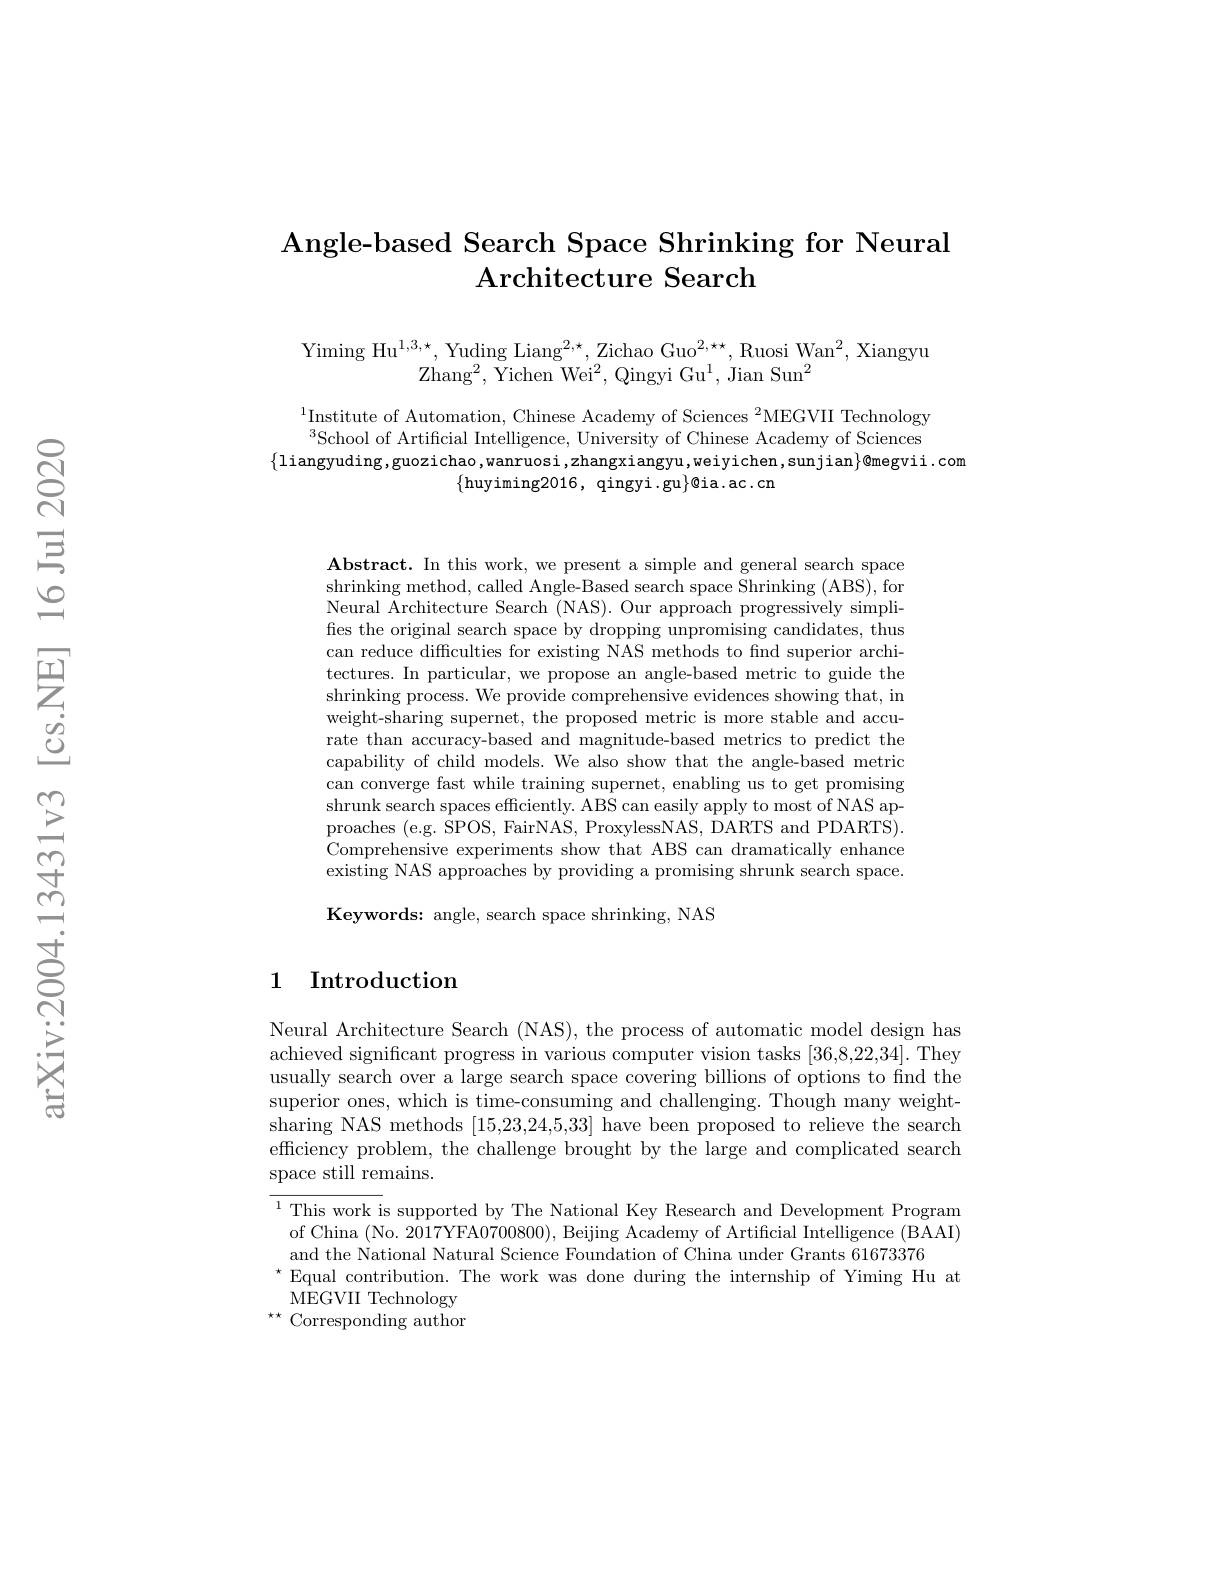
## Angle-based Search Space Shrinking for Neural $\textbf{Architecture Search}$

Yiming Hu$^1,3,\star$, Yuding Liang$^2,\star$,Zichao Guo$^2,\star\star$, Ruosi Wan$^2$, Xiangyu
Zhan$g^{2}$, $\bar{\mathrm{Yichen~Wei}^{2}}$, Qingyi G$u^{1}$, Jian Su$n^{2}$

$^{1}$Institute of Automation, Chinese Academy of Sciences $^2$MEGVII Technology $^{3}$School of Artificial Intelligence, University of Chinese Academy of Sciences
$\{$liangyuding,guozichao,wanruosi,zhangxiangyu,weiyichen,sunjian$\}\emptyset$megvii.com
$\{$huyiming2016, qingyi.gu$\}$@ia.ac.cn

$\mathbf{Abstract.~In~this~work,~we~present~a~simple~and~general~search~space}$ shrinking method, called Angle-Based search space Shrinking (ABS), for Neural Architecture Search (NAS). Our approach progressively simplifies the original search space by dropping unpromising candidates, thus can reduce difficulties for existing NAS methods to find superior architectures. In particular, we propose an angle-based metric to guide the shrinking process. We provide comprehensive evidences showing that, in weight-sharing supernet, the proposed metric is more stable and accurate than accuracy-based and magnitude-based metrics to predict the capability of child models. We also show that the angle-based metric can converge fast while training supernet, enabling us to get promising shrunk search spaces efficiently. ABS can easily apply to most of NAS approaches (e.g. SPOS, FairNAS, ProxylessNAS, DARTS and PDARTS). Comprehensive experiments show that ABS can dramatically enhance existing NAS approaches by providing a promising shrunk search space.

Keywords: angle, search space shrinking, NAS

## 1 Introduction

Neural Architecture Search (NAS), the process of automatic model design has achieved significant progress in various computer vision tasks [36,8,22,34]. They usually search over a large search space covering billions of options to find the superior ones, which is time-consuming and challenging. Though many weightsharing NAS methods [15,23,24,5,33] have been proposed to relieve the search efficiency problem, the challenge brought by the large and complicated search space still remains.

$\overline{{^1\text{This work is }}}$supported by The National Key Research and Development Program of China (No. 2017YFA0700800), Beijing Academy of Artificial Intelligence (BAAI) and the National Natural Science Foundation of China under Grants 61673376
$^{\star}$Equal contribution. The work was done during the internship of Yiming Hu at
${\hat{\mathrm{MEGVII~Technology}}}$ $^{\star\star}$ Corresponding author